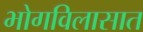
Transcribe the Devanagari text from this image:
भोगविलासात